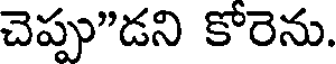
చెప్పు"డని కోరెను.